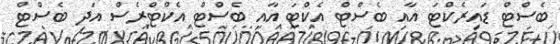
ބެސްޓް ޑައިރެކްޓަ އާއި ބެސްޓް އެކްޓަ އާއި ބެސްޓް އެކްޓްރެސް އަދި ބެސްޓް